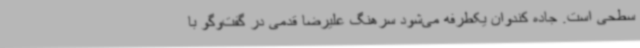
سطحی است. جاده کندوان یکطرفه می‌شود سرهنگ علیرضا قدمی در گفت‌وگو با